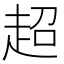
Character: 超